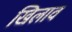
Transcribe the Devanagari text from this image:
खिलाव